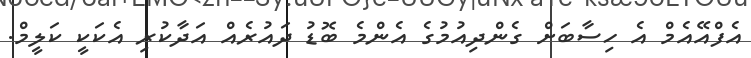
އެފްއޭއެމް އެ ހިސާބަށް ގެންދިއުމުގެ އެންމެ ބޮޑު ދައުރެއް އަދާކުރި އެކަކީ ކަލީމް.